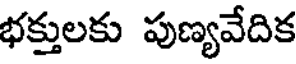
భక్తులకు పుణ్యవేదిక